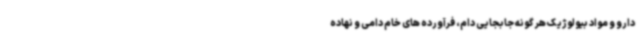
دارو و مواد بیولوژیک هر گونه جابجایی دام، فرآورده های خام دامی و نهاده